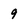
Character: 9